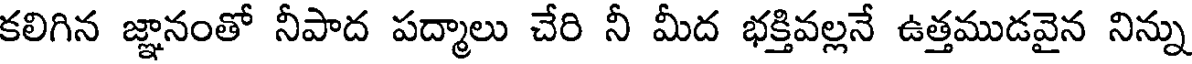
కలిగిన జ్ఞానంతో నీపాద పద్మాలు చేరి నీ మీద భక్తివల్లనే ఉత్తముడవైన నిన్ను